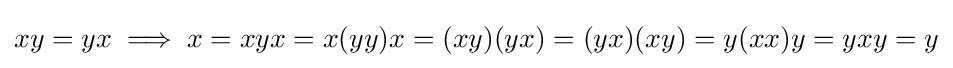
xy=yx\implies x=xyx=x(yy)x=(xy)(yx)=(yx)(xy)=y(xx)y=yxy=y